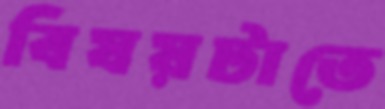
বিষয়টাতে